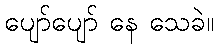
ပျော်ပျော် နေ သေခဲ။